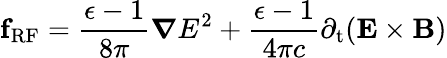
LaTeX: {\mathbf{f}_{\mathrm{RF}}}=\frac{\epsilon-1}{8\pi}\boldsymbol\nabla E^{2}+\frac{\epsilon-1}{4\pi c}{\partial_{\mathrm{t}}}({\mathbf{E}}\times{\mathbf{B}})